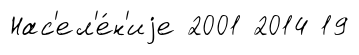
Нас'ел'е́н'иjе 2001 2014 19